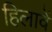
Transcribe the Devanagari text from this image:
हिलावें